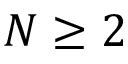
N \geq 2